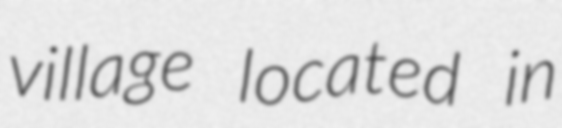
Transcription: village located in